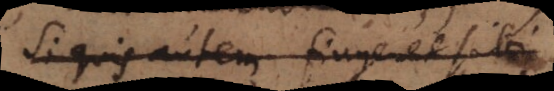
Si quis autem fingeret sibi